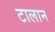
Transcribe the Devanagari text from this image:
टालान